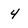
Character: 4